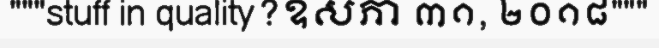
"""stuff in quality?ឧសភា ៣១, ២០១៨"""